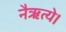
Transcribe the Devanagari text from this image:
नैऋत्ये।